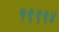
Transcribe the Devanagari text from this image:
१९९९४